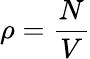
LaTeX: \rho=\frac{N}{V}